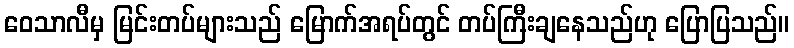
ဝေသာလီမှ မြင်းတပ်များသည် မြောက်အရပ်တွင် တပ်ကြီးချနေသည်ဟု ပြောပြသည်။